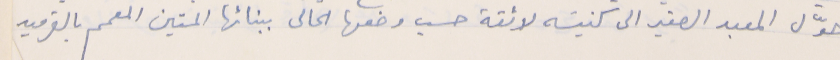
حوّل المعبد الصغير الى كنيسَه لائقة حسب وضعها الحالى ببنائها المتين المعمم بالقرميد